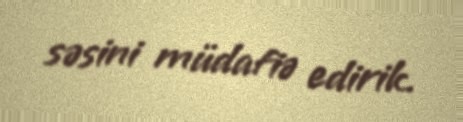
səsini müdafiə edirik.